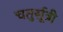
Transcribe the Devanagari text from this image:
चतुर्सूत्री